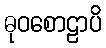
ဓုဝစောဠာပိ